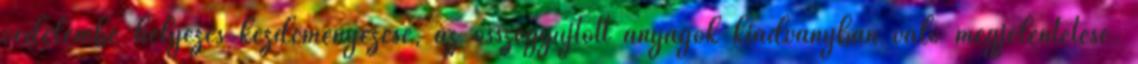
védelembe helyezés kezdeményezése, az összegyűjtött anyagok kiadványban való megjelentetése.